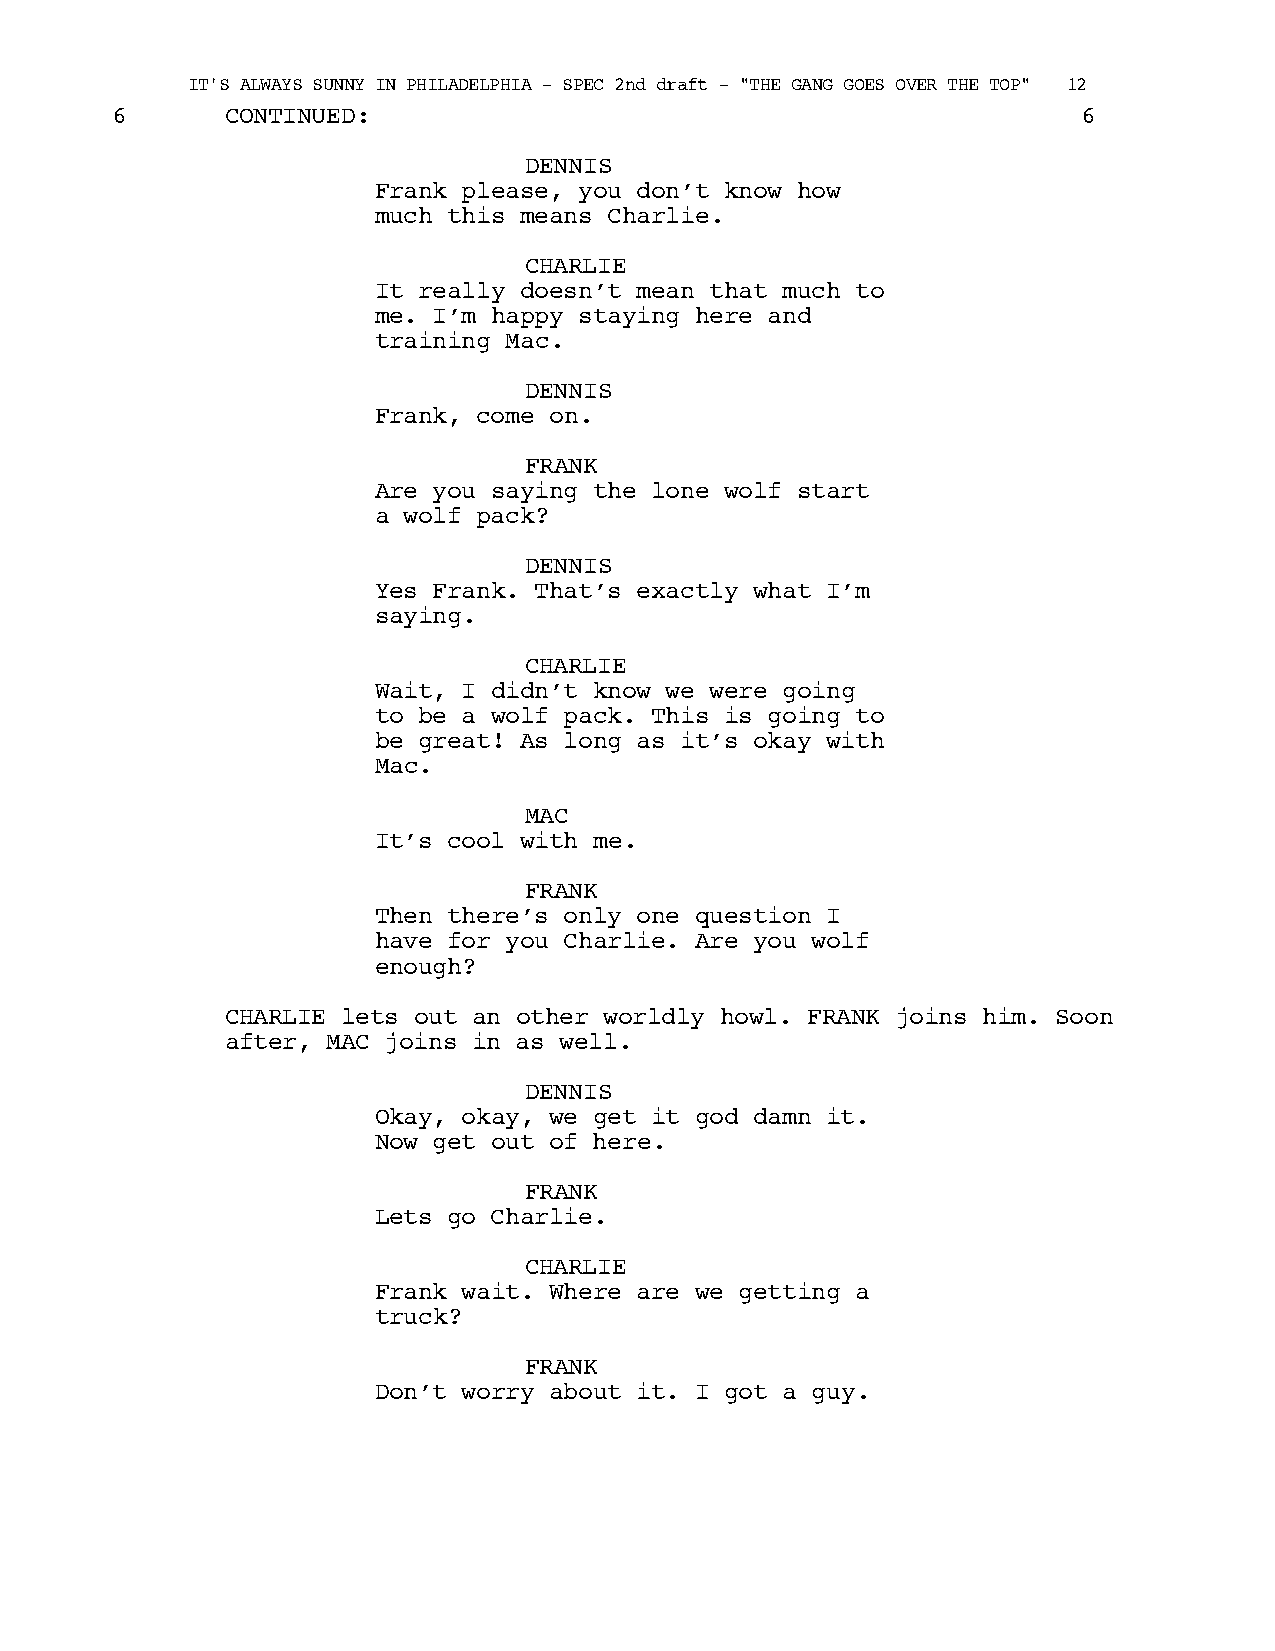
IT'S ALWAYS SUNNY IN PHILADELPHIA - SPEC 2nd draft - "THE GANG GOES OVER THE TOP" 12
 6       CONTINUED:                                               6
 DENNIS
 Frank please, you don’t know how
 much this means Charlie.
 CHARLIE
 It really doesn’t mean that much to
 me. I’m happy staying here and
 training Mac.
 DENNIS
 Frank, come on.
 FRANK
 Are you saying the lone wolf start
 a wolf pack?
 DENNIS
 Yes Frank. That’s exactly what I’m
 saying.
 CHARLIE
 Wait, I didn’t know we were going
 to be a wolf pack. This is going to
 be great! As long as it’s okay with
 Mac.
 MAC
 It’s cool with me.
 FRANK
 Then there’s only one question I
 have for you Charlie. Are you wolf
 enough?
 CHARLIE lets out an other worldly howl. FRANK joins him. Soon
 after, MAC joins in as well.
 DENNIS
 Okay, okay, we get it god damn it.
 Now get out of here.
 FRANK
 Lets go Charlie.
 CHARLIE
 Frank wait. Where are we getting a
 truck?
 FRANK
 Don’t worry about it. I got a guy.